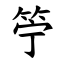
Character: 䇡